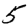
Digit: 5